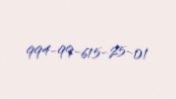
994-99-615-25-01